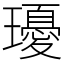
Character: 瓇